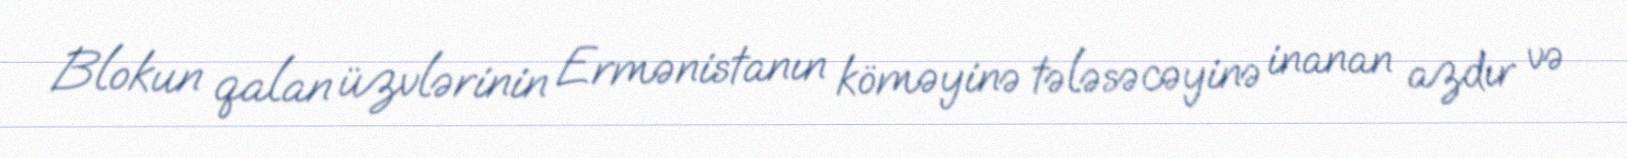
Blokun qalan üzvlərinin Ermənistanın köməyinə tələsəcəyinə inanan azdır və